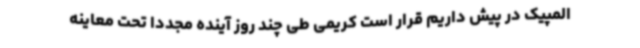
المپیک در پیش داریم قرار است کریمی طی چند روز آینده مجددا تحت معاینه